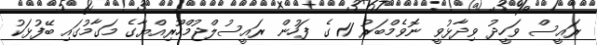
ރައީސް ވަހީދު ވިދާޅުވީ ނޮވެމްބަރު 11 ގެ ފަހުން ރައީސުލްޖުމްހޫރިއްޔާގެ މަގާމުގައި ބޭފުޅަކު